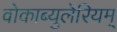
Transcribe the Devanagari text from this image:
वोकाब्युलेरियम्